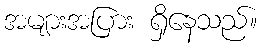
အများအပြား ရှိနေသည်။